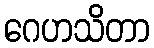
ဂေဟသိတာ